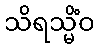
သိရသ္မိံဝ